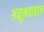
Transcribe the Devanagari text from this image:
अनुभवाबद्दल